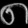
Digit: ၈